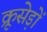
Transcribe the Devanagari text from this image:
क्रूसेड़ों